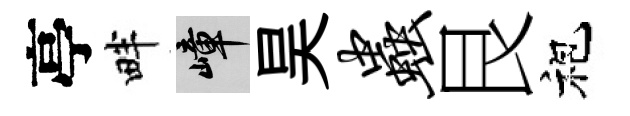
亭畔嶂昊虫艮袍